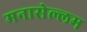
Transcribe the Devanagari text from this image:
मनासेल्लम